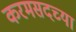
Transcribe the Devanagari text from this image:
करमसदच्या